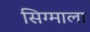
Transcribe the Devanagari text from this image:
सिग्माला